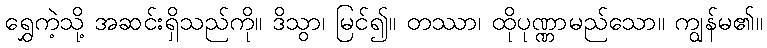
ရွှေကဲ့သို့ အဆင်းရှိသည်ကို။ ဒိသွာ၊ မြင်၍။ တဿာ၊ ထိုပုဏ္ဏာမည်သော။ ကျွန်မ၏။